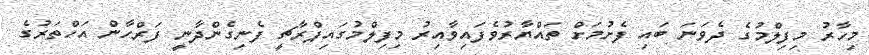
މިހާރު މިފިލްމުގެ ދެވަނަ ބައި ފެށުމަށް ތައްޔާރުވެފައިވާއިރު މިފިލްމުގައިޕްރާޗީ ފެނިގެންދާނީ ފަރްހާން އަހްތަރުގެ